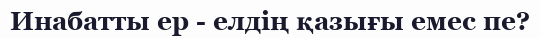
Инабатты ер - елдің қазығы емес пе?